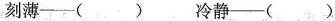
刻薄—( ) 冷静—( )